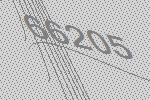
66205